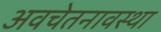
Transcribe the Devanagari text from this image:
अवचेतनावस्था